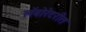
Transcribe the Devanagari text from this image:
लॅबोरेटरीत